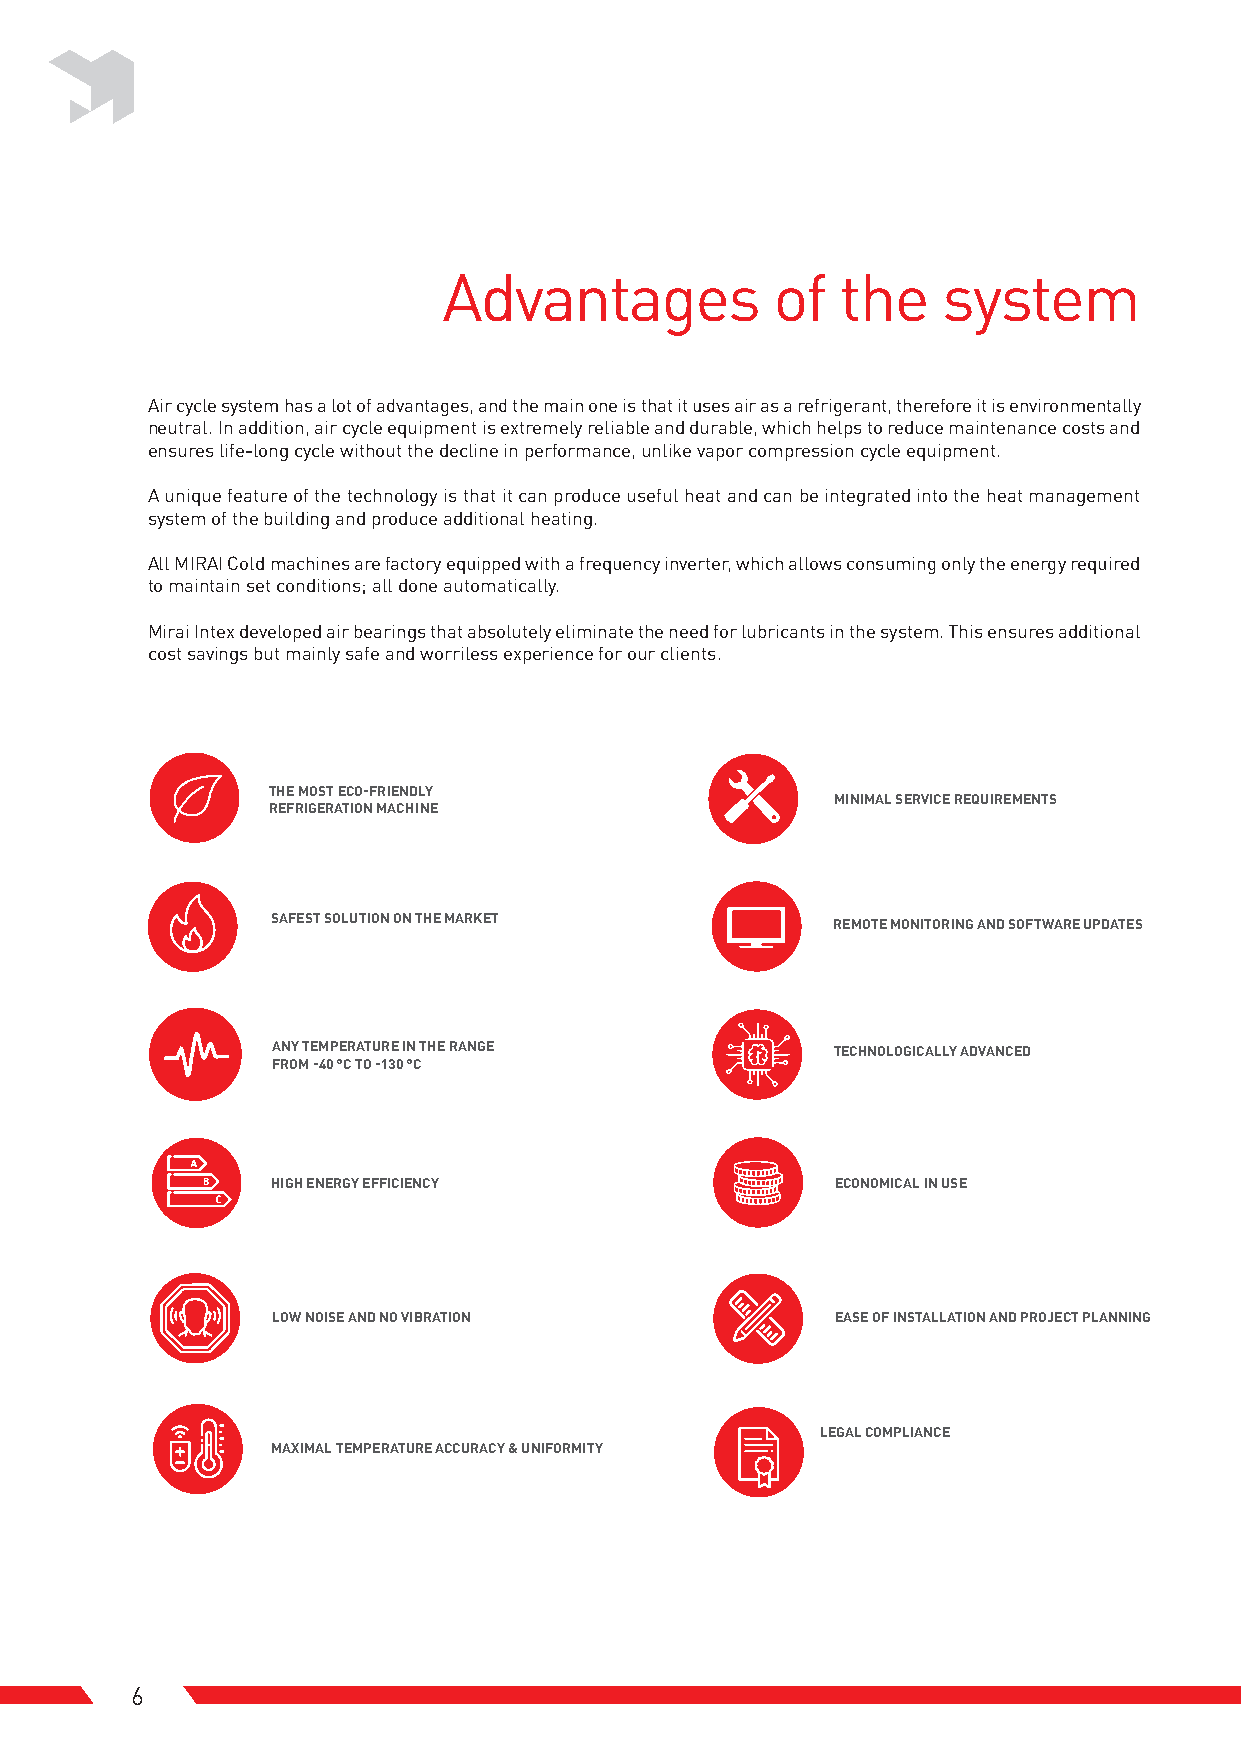
Advantages            of   the   system
 Air cycle system has a lot of advantages, and the main one is that it uses air as a refrigerant, therefore it is environmentally
 neutral. In addition, air cycle equipment is extremely reliable and durable, which helps to reduce maintenance costs and
 ensures life-long cycle without the decline in performance, unlike vapor compression cycle equipment.
 A unique feature of the technology is that it can produce useful heat and can be integrated into the heat management
 system of the building and produce additional heating.
 All MIRAI Cold machines are factory equipped with a frequency inverter, which allows consuming only the energy required
 to maintain set conditions; all done automatically.
 Mirai Intex developed air bearings that absolutely eliminate the need for lubricants in the system. This ensures additional
 cost savings but mainly safe and worriless experience for our clients.
 THE MOST ECO-FRIENDLY
 MINIMAL SERVICE REQUIREMENTS
 REFRIGERATION MACHINE
 SAFEST SOLUTION ON THE MARKET
 REMOTE MONITORING AND SOFTWARE UPDATES
 ANY TEMPERATURE IN THE RANGE         TECHNOLOGICALLY ADVANCED
 FROM -40 °C TO -130 °C
 HIGH ENERGY EFFICIENCY               ECONOMICAL IN USE
 LOW NOISE AND NO VIBRATION           EASE OF INSTALLATION AND PROJECT PLANNING
 LEGAL COMPLIANCE
 MAXIMAL TEMPERATURE ACCURACY & UNIFORMITY
 6